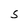
Character: S